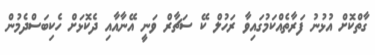
ގާތްކޮށް އުޅުނު ފަރާތެއްކަމުގައިވާ ރަހުލް ކޭ ސަޗާރް ވަނީ އޭނާއާއި ދެކޮޅަށް ހެކިބަސްދެމުން